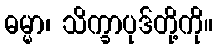
ဓမ္မာ၊ သိက္ခာပုဒ်တို့ကို။